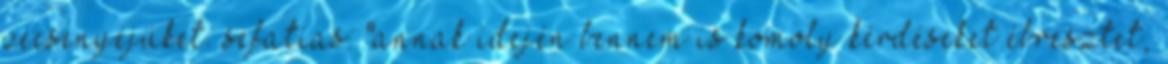
pecsenyéjüket. sefatias: "annak idején bennem is komoly kérdéseket ébresztet,